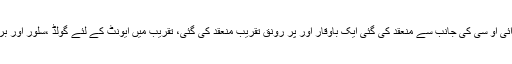
اسی سلسلے میں گزشتہ روز ریو ڈی جنیرو میں برازیل اولمپکس کمیٹی اور آئی او سی کی جانب سے منعقد کی گئی ایک باوقار اور پر رونق تقریب منعقد کی گئی، تقریب میں ایونٹ کے لئے گولڈ ،سلور اور برانز میڈل کا اجرا کیا گیا،اور پہلے مرتبہ اسے عوام کے سامنے پیش کیا گیا۔